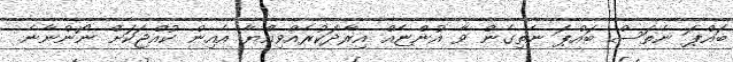
ބައްޕަ ނެތަސް ބައްޕަ ނެތިގެން ވާ އުންޏެއް އިރާދަކުރެއްވިއްޔާ އެއިން ކުއްޖަކަށް ނޯންނާނެ.